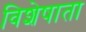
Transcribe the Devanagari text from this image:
विशेषाता